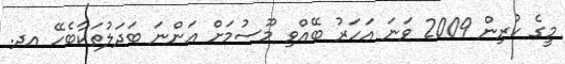
މީގެ ކުރިން 2009 ވަނަ އަހަރު ބޭއްވި މޫސުމަށް އަންނަ ބަދަލުތަކާބެހޭ އދ.